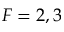
F = 2 , 3